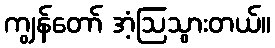
ကျွန်တော် အံ့ဩသွားတယ်။